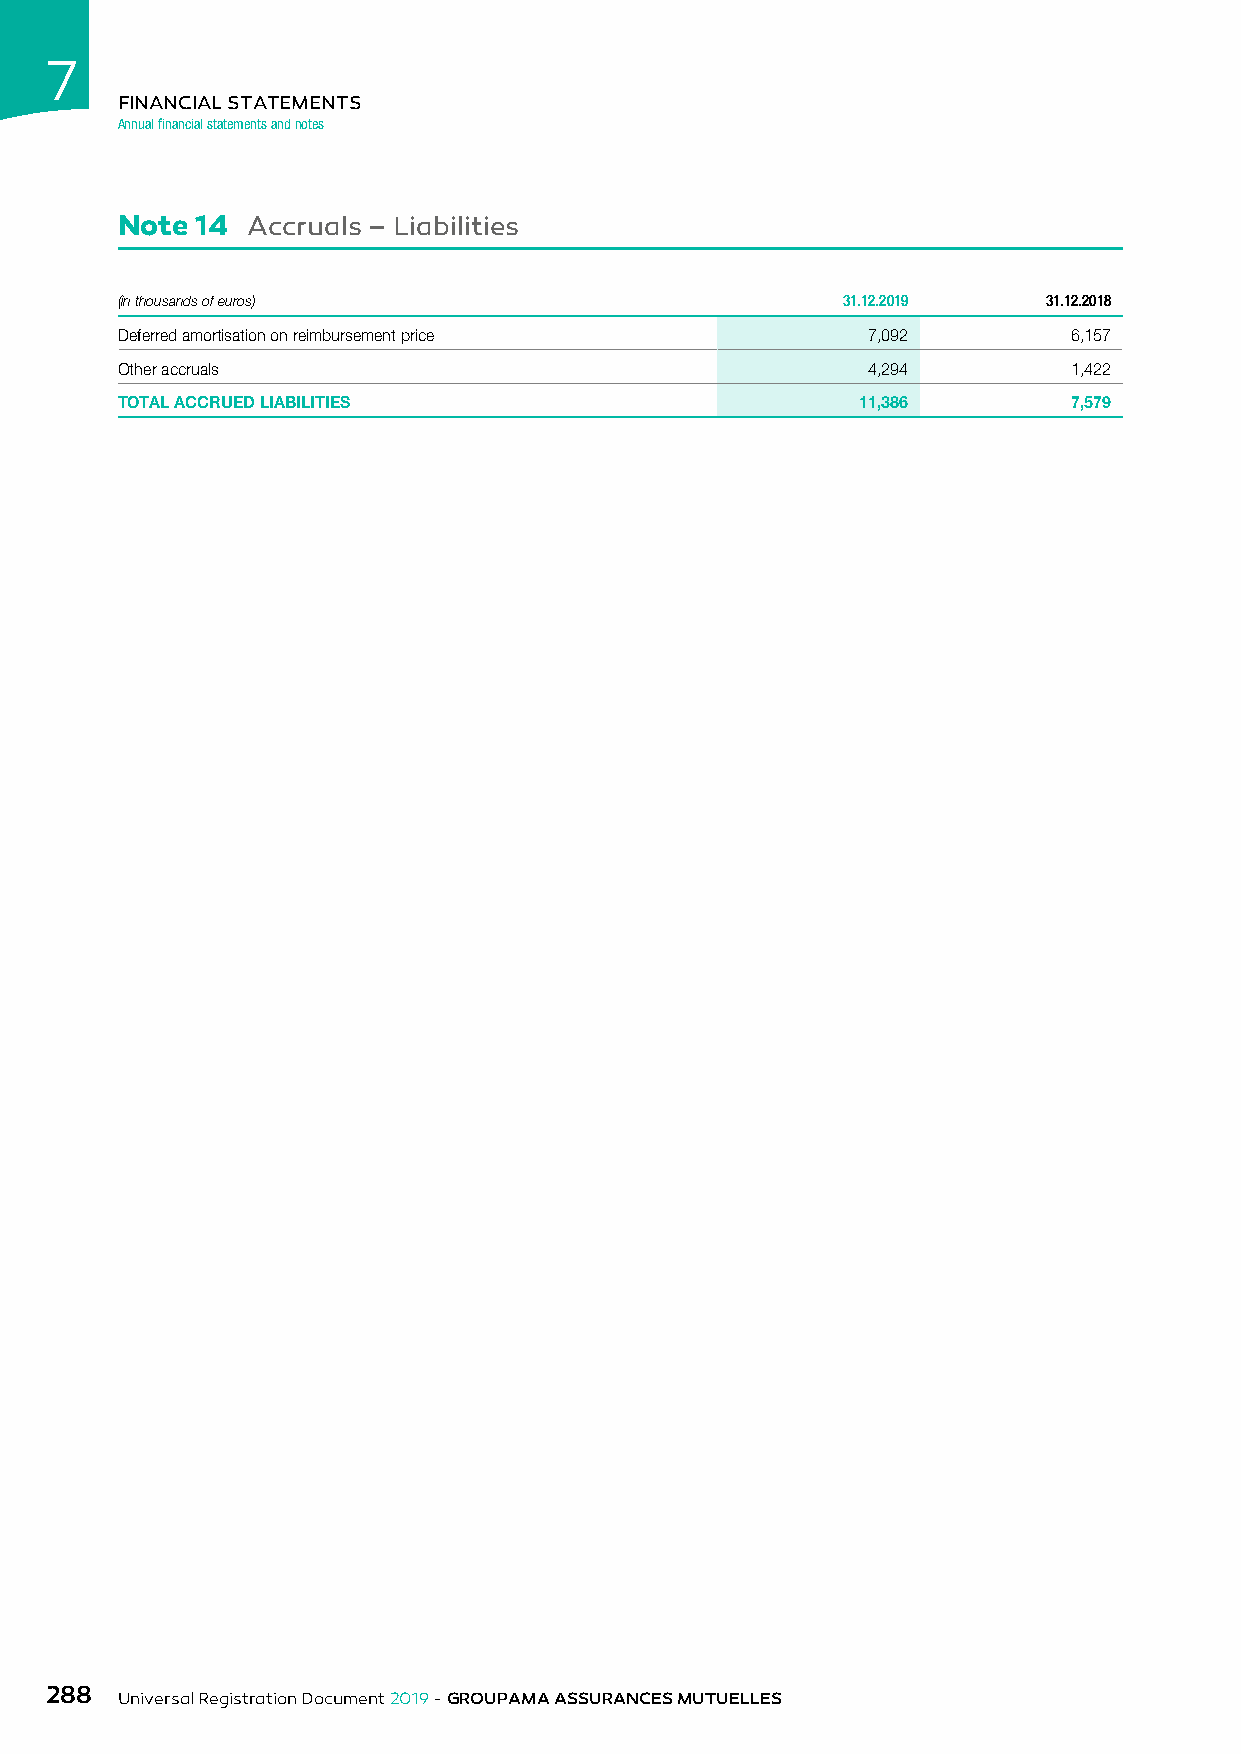
7
 FINANCIAL STATEMENTS
 Annual financial statements and notes
 Note 14 Accruals – Liabilities
 (in thousands of euros)                         31.12.2019   31.12.2018
 Deferred amortisation on reimbursement price     7,092         6,157
 Other accruals                                   4,294         1,422
 TOTAL ACCRUED LIABILITIES                        11,386        7,579
 288
 Universal Registration Document 2019 - GROUPAMA ASSURANCES MUTUELLES